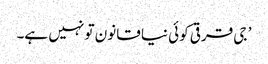
’ جی قرقی کوئی نیا قانون تو نہیں ہے۔